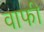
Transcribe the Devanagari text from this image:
वाफी